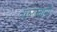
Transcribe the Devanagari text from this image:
पल्लवानी